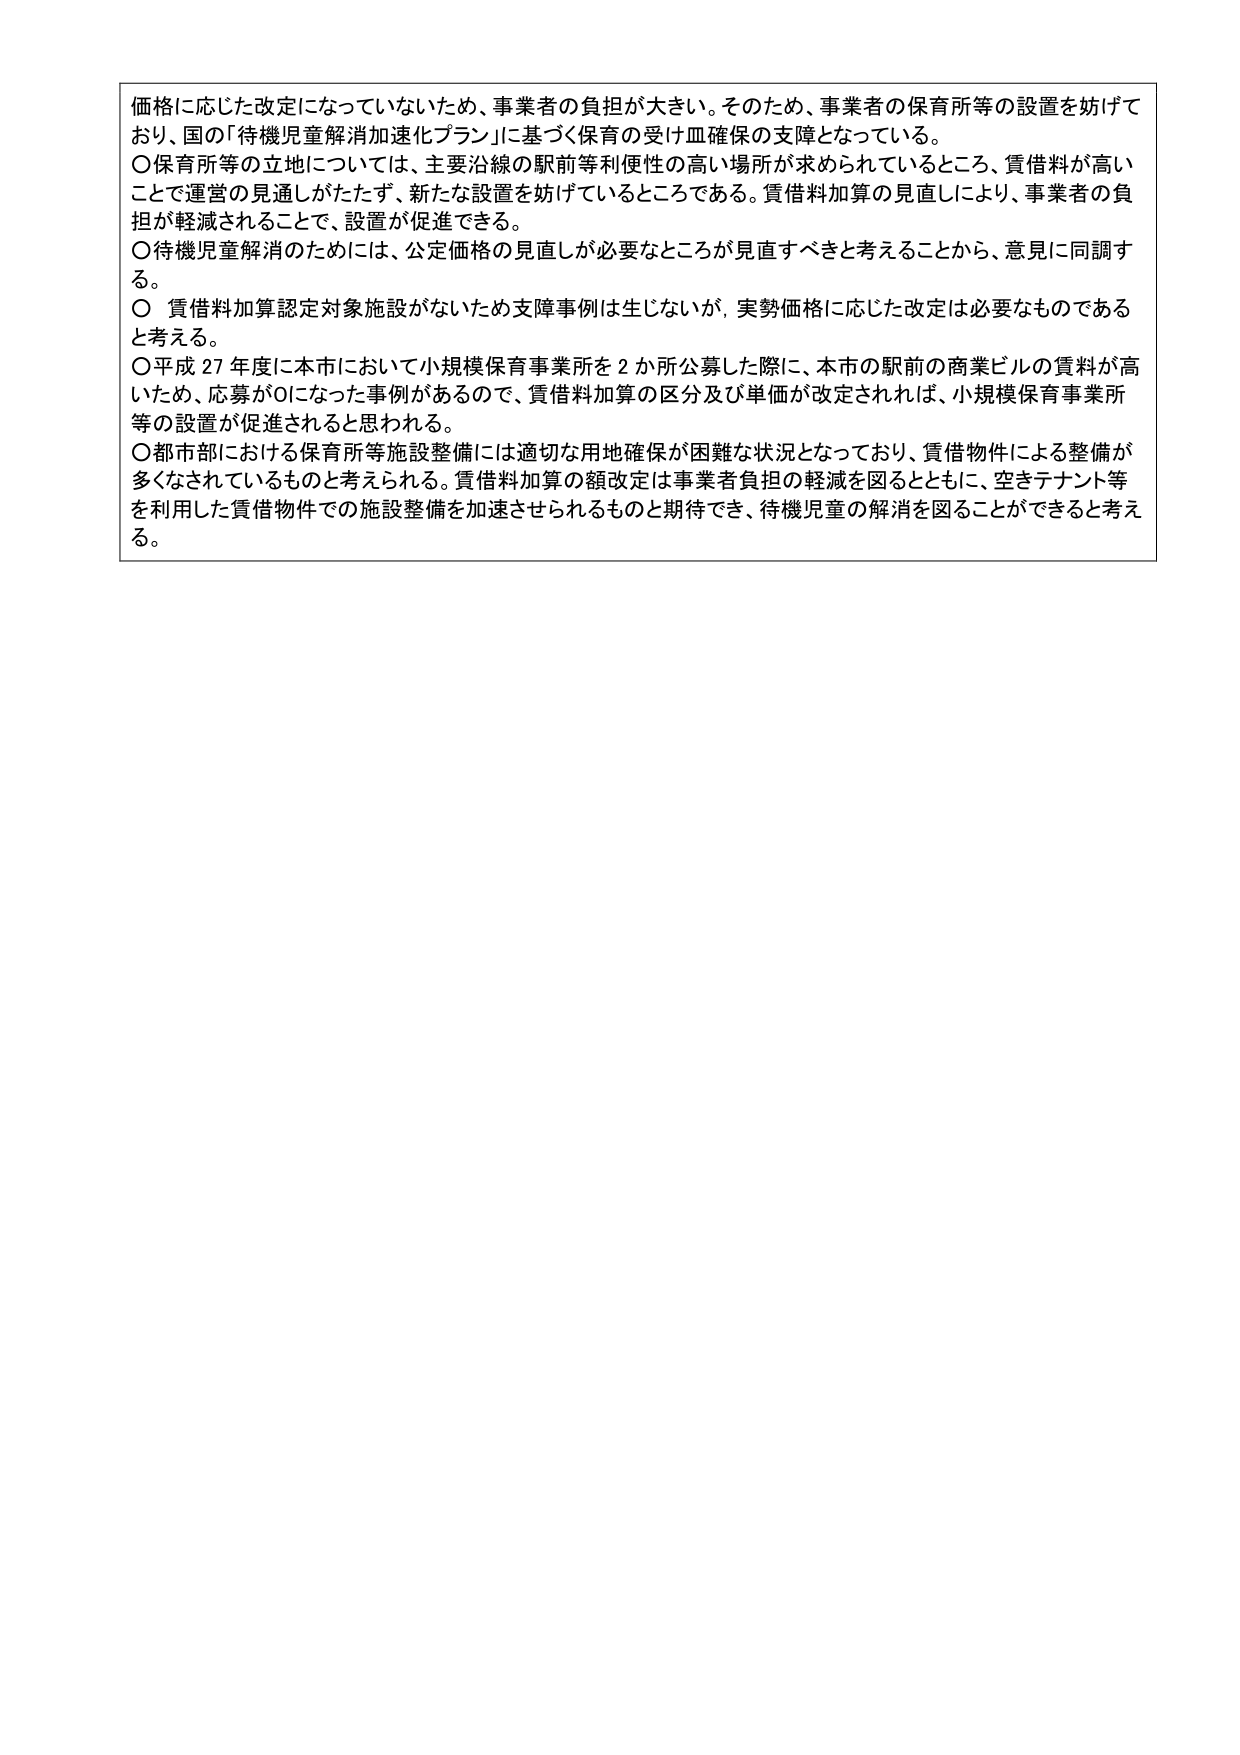
価格に応じた改定になっていないため、事業者の負担が大きい。そのため、事業者の保育所等の設置を妨げており、国の「待機児童解消加速化プラン」に基づく保育の受け皿確保の支障となっている。

〇保育所等の立地については、主要沿線の駅前等利便性の高い場所が求められているところ、賃借料が高いことで運営の見通しがたたず、新たな設置を妨げているところである。賃借料加算の見直しにより、事業者の負担が軽減されることで、設置が促進できる。

〇待機児童解消のためには、公定価格の見直しが必要なところが見直すべきと考えることから、意見に同調する。

〇 賃借料加算認定対象施設がないため支障事例は生じないが、実勢価格に応じた改定は必要なものであると考える。

〇平成27年度に本市において小規模保育事業所を2か所公募した際に、本市の駅前の商業ビルの賃料が高いため、応募が0になった事例があるので、賃借料加算の区分及び単価が改定されれば、小規模保育事業所等の設置が促進されると思われる。

〇都市部における保育所等施設整備には適切な用地確保が困難な状況となっており、賃借物件による整備が多くなされているものと考えられる。賃借料加算の額改定は事業者負担の軽減を図るとともに、空きテナント等を利用した賃借物件での施設整備を加速させられるものと期待でき、待機児童の解消を図ることができると考える。